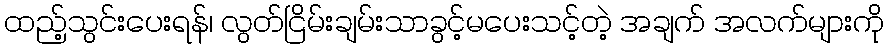
ထည့်သွင်းပေးရန်၊ လွတ်ငြိမ်းချမ်းသာခွင့်မပေးသင့်တဲ့ အချက် အလက်များကို